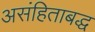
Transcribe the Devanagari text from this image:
असंहिताबद्ध